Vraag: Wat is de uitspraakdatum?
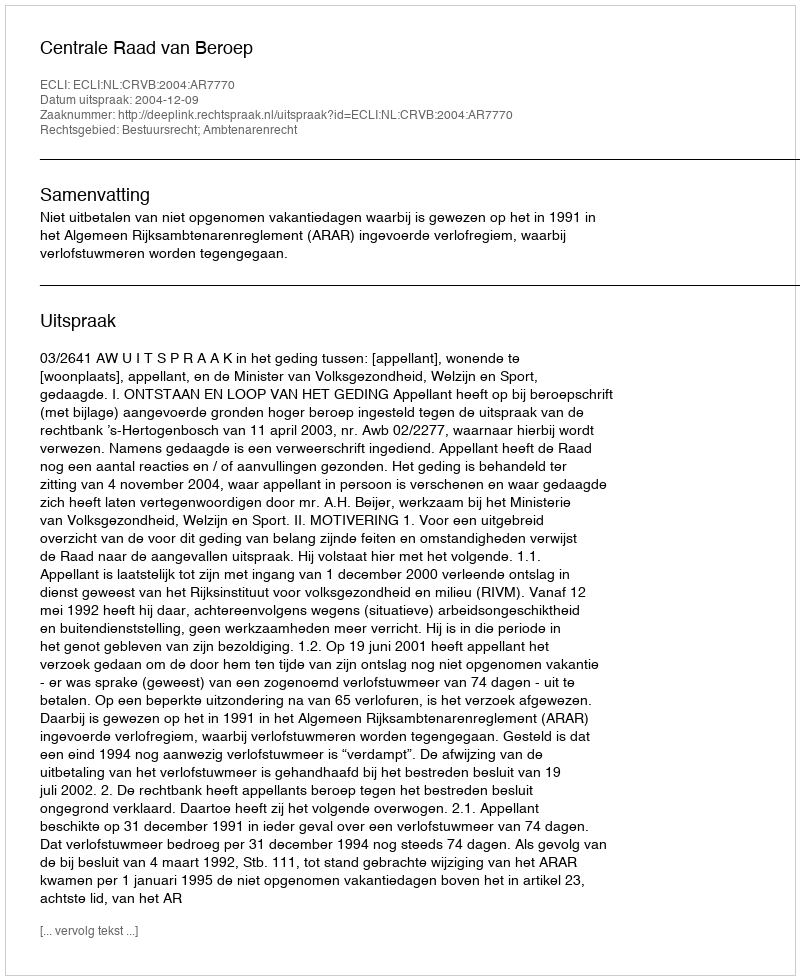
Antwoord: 2004-12-09